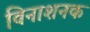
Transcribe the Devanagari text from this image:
विनाशनक